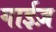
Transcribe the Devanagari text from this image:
गाईज़